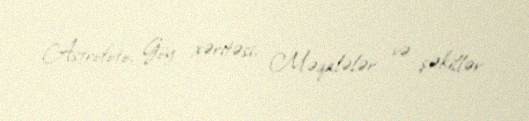
Astrofoto, Göy xəritəsi, Məqalələr və şəkillər.